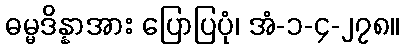
ဓမ္မဒိန္နာအား ပြောပြပုံ၊ အံ-၁-၄-၂၇၈။